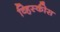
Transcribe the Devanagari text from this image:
व्हिस्कीस